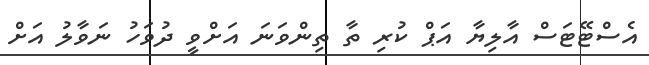
އެސްޓޭޓަސް އާލިޔާ އަޕް ކުރި ތާ ތިންވަނަ އަށްވީ ދުވަހު ނަވާލު އަށް